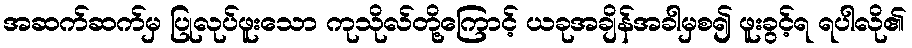
အဆက်ဆက်မှ ပြုလုပ်ဖူးသော ကုသိုလ်တို့ကြောင့် ယခုအချိန်အခါမှစ၍ ဖူးခွင့်ရ ရပါလို၏